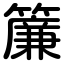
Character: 簾